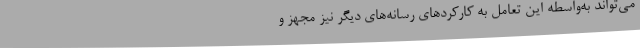
می‌تواند به‌واسطه این تعامل به کارکردهای رسانه‌های دیگر نیز مجهز و